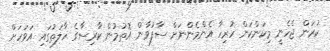
ކުރަން ޖެހެނީ މިކަންކަން ހުރިހާ އެންމެންނަށް ސާފުވާން އޮތުމުން ކާރިސާގެ ހާލަތުގައި އަވަހަށް